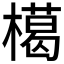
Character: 𱤟